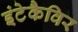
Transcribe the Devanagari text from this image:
इंटेकैविर